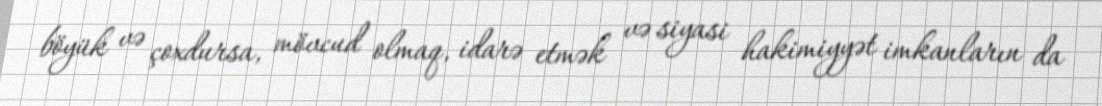
böyük və çoxdursa, mövcud olmaq, idarə etmək və siyasi hakimiyyət imkanların da